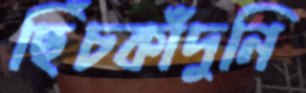
ছিঁচকাঁদুনি